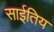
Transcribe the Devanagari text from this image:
साईतिय